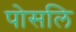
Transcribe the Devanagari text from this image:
पोसलि